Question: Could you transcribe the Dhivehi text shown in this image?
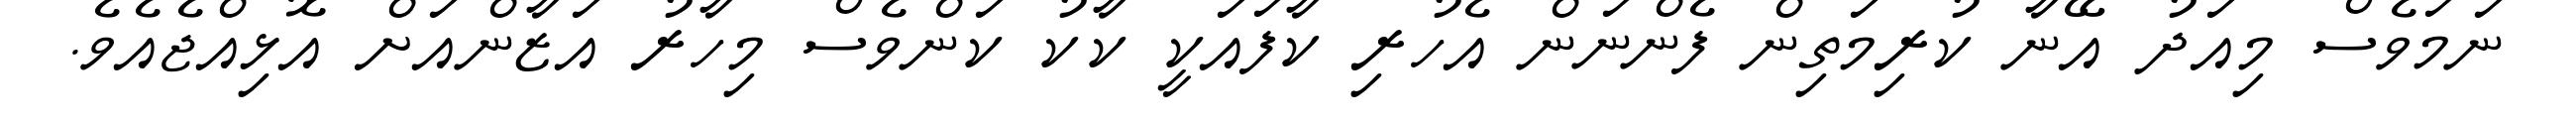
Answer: ނަމަވެސް މިއަދު އޭނާ ކުރިމަތިން ފެންނަން އެހުރި ކާފައަކީ ކާކު ކަންވެސް މިހާރު އަޒާންއަށް އޮޅިއްޖެއެވެ.